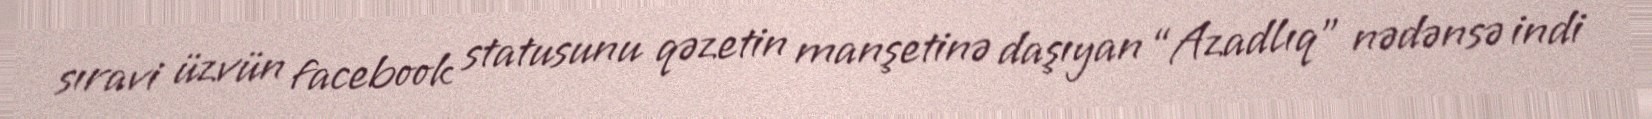
sıravi üzvün facebook statusunu qəzetin manşetinə daşıyan “Azadlıq” nədənsə indi